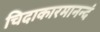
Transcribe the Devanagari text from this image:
चिदाकारमानन्दं